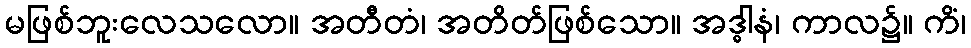
မဖြစ်ဘူးလေသလော။ အတီတံ၊ အတိတ်ဖြစ်သော။ အဒ္ဓါနံ၊ ကာလ၌။ ကိံ၊